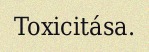
Toxicitása.